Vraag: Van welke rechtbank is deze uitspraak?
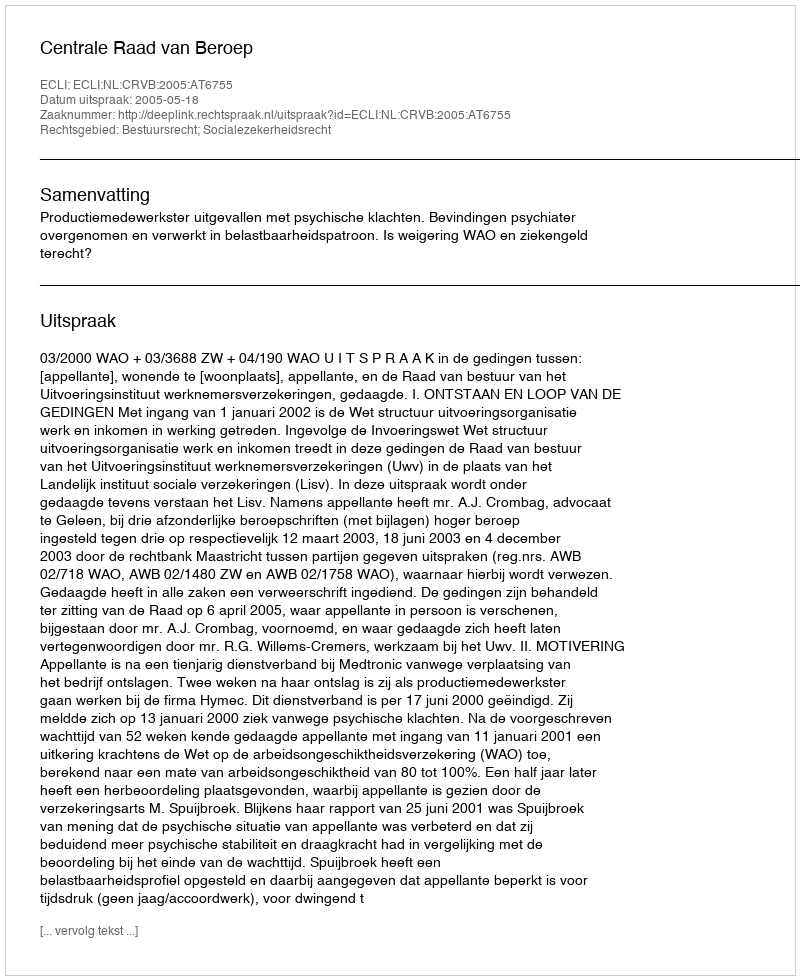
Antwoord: Centrale Raad van Beroep